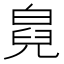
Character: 𤾇